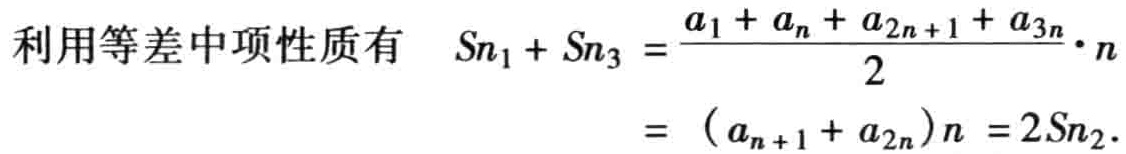
利用等差中项性质有

\[

\begin{align*}

S_{n_1}+S_{n_3}&=\frac{a_1 + a_n+a_{2n + 1}+a_{3n}}{2}\cdot n\\

&=(a_{n + 1}+a_{2n})n = 2S_{n_2}.

\end{align*}

\]